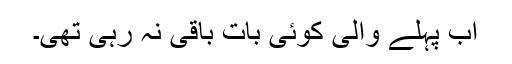
اب پہلے والی کوئی بات باقی نہ رہی تھی۔